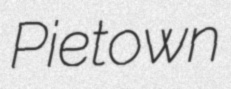
Pietown